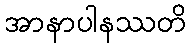
အာနာပါနဿတိ